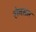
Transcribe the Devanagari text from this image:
रोनसार